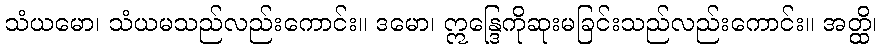
သံယမော၊ သံယမသည်လည်းကောင်း။ ဒမော၊ ဣန္ဒြေကိုဆုးမခြင်းသည်လည်းကောင်း။ အတ္ထိ၊